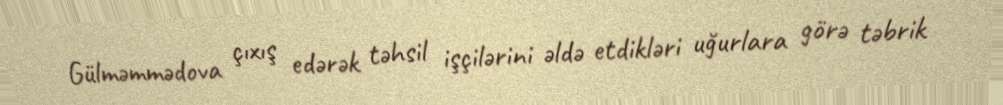
Gülməmmədova çıxış edərək təhsil işçilərini əldə etdikləri uğurlara görə təbrik